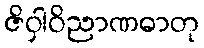
ဇိဝှါဝိညာဏဓာတု